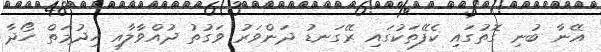
އޭނާ ބުނި ގޮތުގައި ކެފޭތަކުގައި ރޭގަނޑު ދަންވަރު ވަގުތު ދުއްވާލާއި ހިދުމަތް ހޯދާ